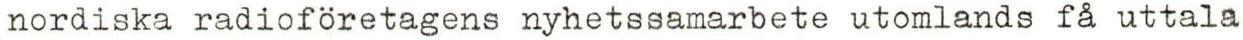
nordiska radioföretagens nyhetssamarbete utomlands få uttala